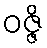
ဝဇ္ဇိ